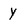
Character: y